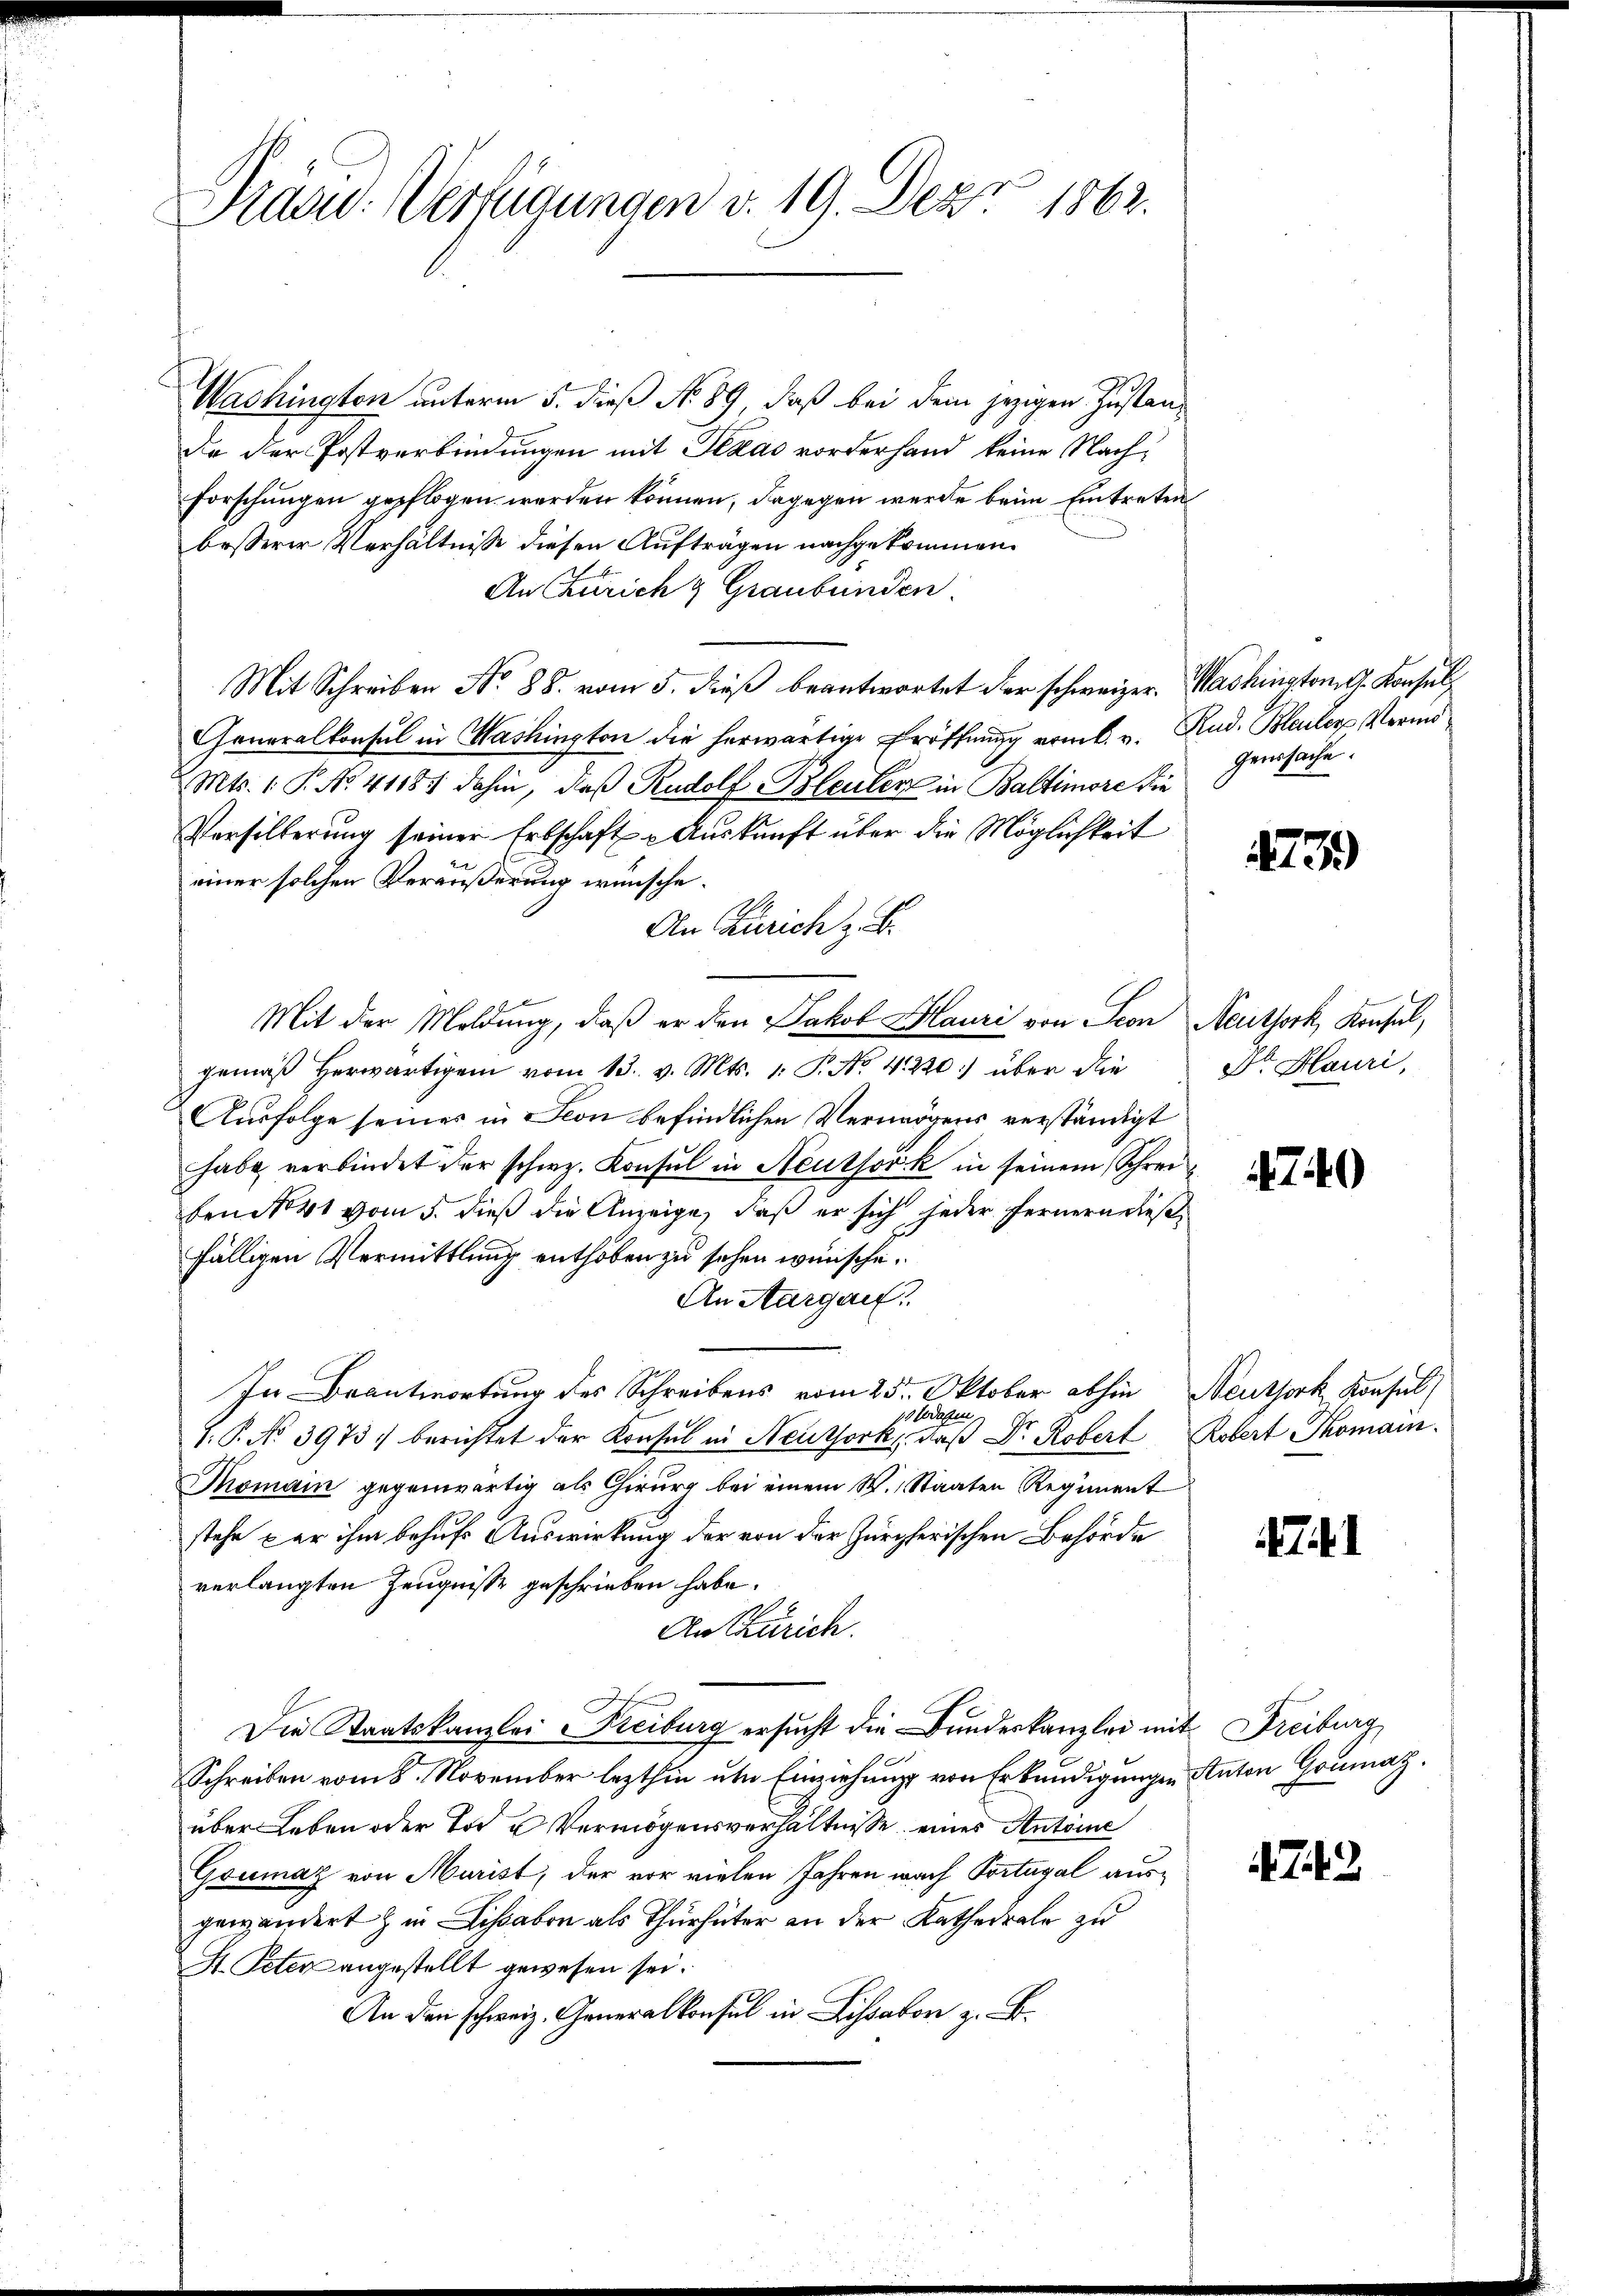
Präsid. Verfügungen v. 19. Depr 1863.

Washingten unterm 5. dieß No. 89, daß bei dem jezigen Zustan¬
Da der Postverbindungen mit Texas vorderhand keine Nach¬
Forschungen gepflogen werden können, dagegen werde beim Eintreten
besserer Verhältnisse diesen Aufträgen nachgekommen.
An Zürich & Graubünden.
Mit Schreiben No 88. vom 5. dieß beantwortet der schweizer. Washington G. Konsul
Generalkonsul in Washington die herwärtige Eröffnung vom 6. v. Rud. Bleuler Vermö¬
Mts. 1. P. No. 41187 dahin, daß Rudolf Bleuler in Baltimore die
Versilberung seiner Erbschaft & Auskunft über die Möglichkeit
einer solchen Veräußerung wünsche.
An Zürich z. B.
Mit der Moldŭng, daβ er den Jakob Mauri von Seon Aeuthork, Konsul,
gemäß herwärtigen vom 13. v. Mts. 1. P. No. 41220) über die
Ausfolge seines in Son befindlichen Vermögens verständigt
habe verbindet der schweiz. Konsul in Neuthorik in seinem Schrei
ben No 41 vom 5. dieß die Anzeige, daß er sich jeder Fernern diese
fälligen Vermittlung enthoben zu sehen wünsche.
An Aargau.
In Beantwortung des Schreibens vom 25. Oktober abhin
13 dage
1. P. No 3973 berichtet der Konsul in Neuthork, daß Dr. Robert Robert Thomain
Thomain gegenwärtig als Chirurg bei einem W. Staaten Regiment
stehe – er ihm behufs Auswirkung der von der Zürcherischen Behörde
verlangten Zeugnisse geschrieben habe.
An Zürich.
Die Staatskanzlei Freiburg ersucht die Bundeskanzlei mit Freiburg
Schreiben vom 8. November lezthin um Einziehung von Erkundigungen Anton Goumaz.
über Leben oder Tod u Vermögensverhältnisse eines Antoine
Goumaz von Murist, der vor vielen Jahren wach Portugal ausgewändert & in Lisabon als Thurhüter an der Kathedrale zu
St. Peter angestellt gewesen sei.
An den schweiz. Generalkonsul in Lissabon z. B.

genssache:

73

Dr. Hauri,

4740

Neuthork, Konsul

il

742